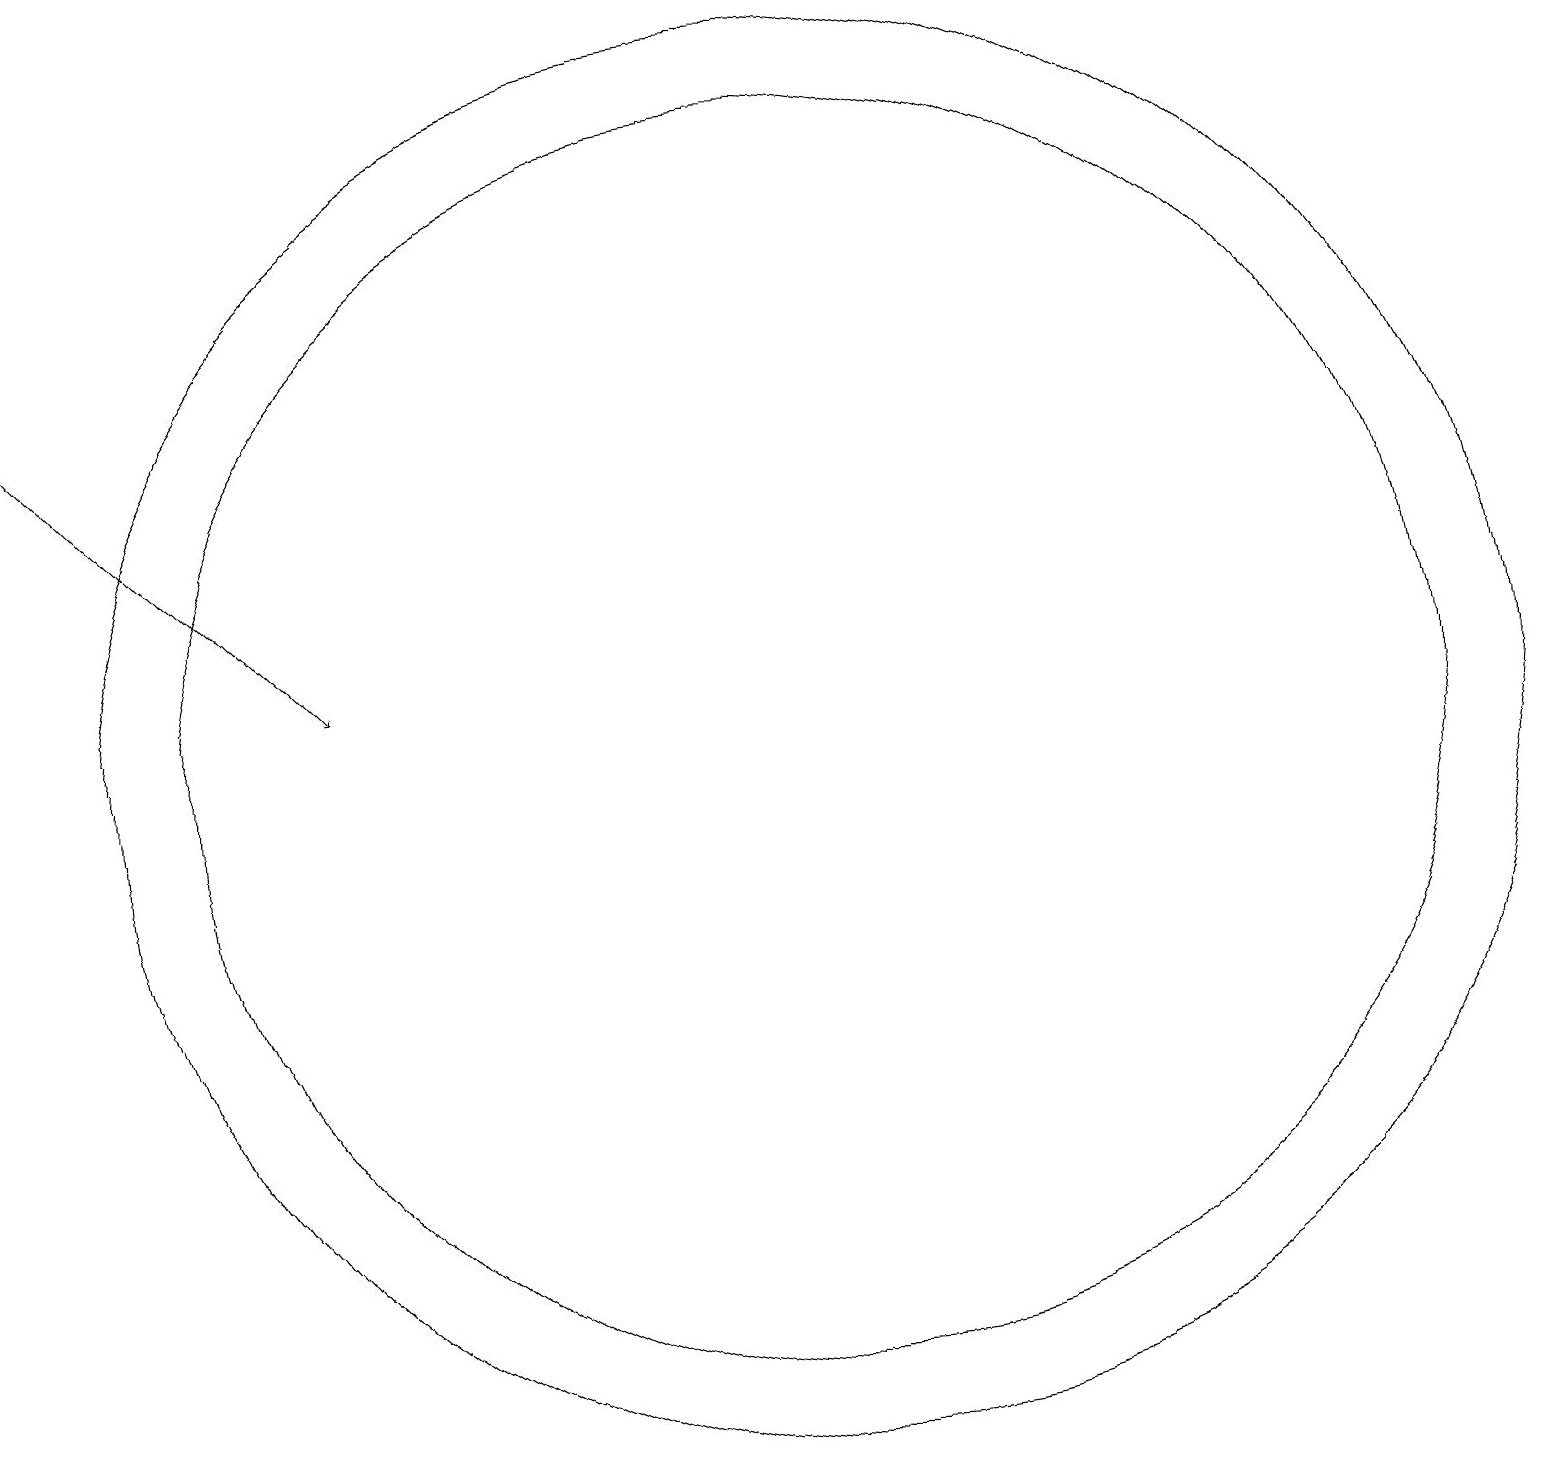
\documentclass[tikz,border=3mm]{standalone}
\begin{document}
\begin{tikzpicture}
\draw[->] (1,17) -- (5,13);
\draw (11,12) circle (8);
\draw (11,12) circle (9);
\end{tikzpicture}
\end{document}